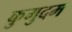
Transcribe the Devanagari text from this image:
कुमुदम